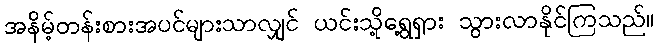
အနိမ့်တန်းစားအပင်များသာလျှင် ယင်းသို့ရွေ့ရှား သွားလာနိုင်ကြသည်။